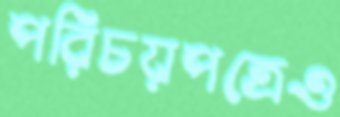
পরিচয়পত্রেও